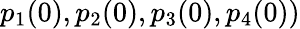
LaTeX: p_{1}(0),p_{2}(0),p_{3}(0),p_{4}(0))